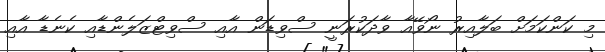
މި ކަންކަމަށް ބަލާއިރު ނޯވޭއާ ވާދަކުރަނީ ސްވިޑަން އާއި ސްވިޓްޒަލެންޑާއި ކެނެޑާ އާއި